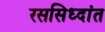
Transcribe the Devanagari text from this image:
रससिध्दांत